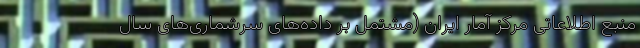
منبع اطلاعاتی مرکز آمار ایران (مشتمل بر داده‌های سرشماری‌های سال